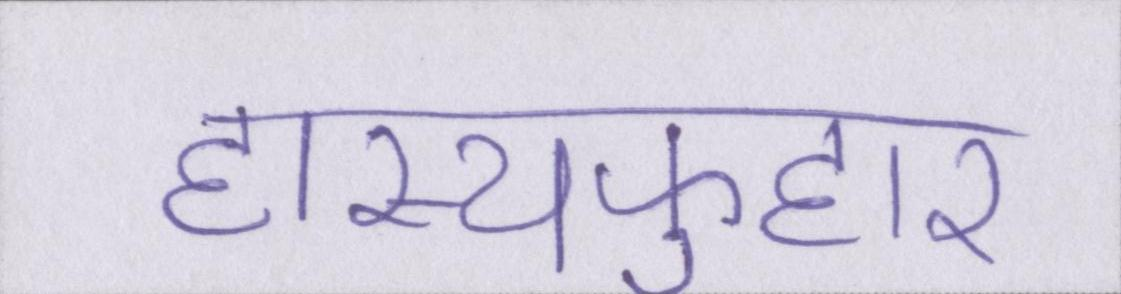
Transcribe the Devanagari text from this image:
हास्यफुहार